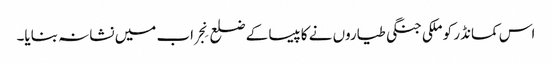
اس کمانڈر کو ملکی جنگی طیاروں نے کاپیسا کے ضلع نِجراب میں نشانہ بنایا۔